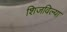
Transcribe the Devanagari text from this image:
शिजविल्या